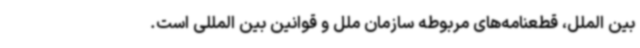
بین الملل، قطعنامه‌های مربوطه سازمان ملل و قوانین بین المللی است.